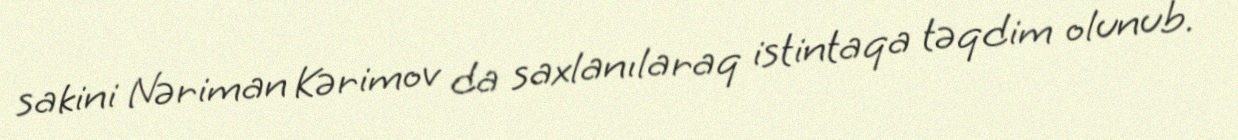
sakini Nəriman Kərimov da saxlanılaraq istintaqa təqdim olunub.